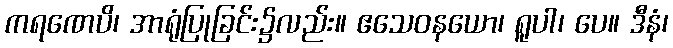
ကရဏေပိ၊ အာရုံပြုခြင်း၌လည်း။ ဧသေဝနယော၊ ရူပါ၊ ပေ။ ဒီနံ၊